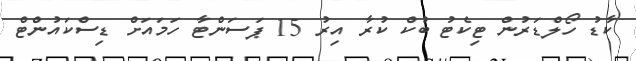
ކާޑު ހޯލްޑަރުން ޓިކެޓު ބުކް ކުރާ އިރު 15 ޕަސަންޓާ ހަމައަށް ޑިސްކައުންޓް